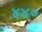
૪૪૦